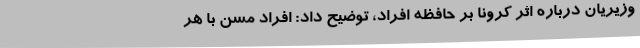
وزیریان درباره اثر کرونا بر حافظه افراد، توضیح داد: افراد مسن با هر